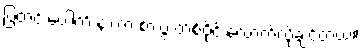
ပြတင်းပေါက် နားက စားပွဲ တစ်ဝိုင်းလောက်လိုချင်တယ်။